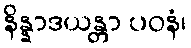
နိန္နာဒယန္တာ ပဝနံ၊